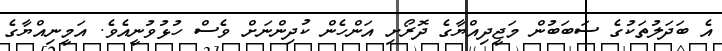
އެ ބަދަލުތަކުގެ ސަބަބުން މަޖީދިއްޔާގެ ދޮރޯށި އަންހެން ކުދިންނަށް ވެސް ހުޅުވުނީއެވެ. އަމީނިއްޔާގެ